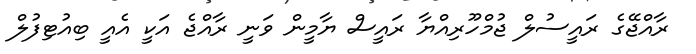
ރާއްޖޭގެ ރައީސުލް ޖުމްހޫރިއްޔާ ރައީސް ޔާމީން ވަނީ ރާއްޖެ އަކީ އެއީ ބިއުޓިފުލް